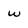
Character: w